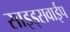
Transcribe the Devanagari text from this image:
साइड्सवाईप